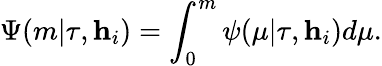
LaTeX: \Psi(m|\tau,\textbf{h}_{i})=\int_{0}^{m}\psi(\mu|\tau,\textbf{h}_{i})d\mu.